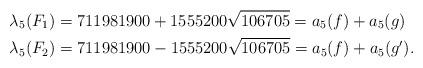
LaTeX: \begin{align*}\lambda_5(F_1)&=711981900+1555200\sqrt{106705}=a_5(f)+a_5(g)\\\lambda_5(F_2)&=711981900-1555200\sqrt{106705}=a_5(f)+a_5(g').\end{align*}